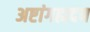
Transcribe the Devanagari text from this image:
अष्टांगह्मदय